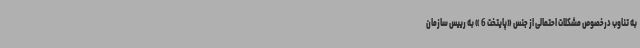
به تناوب درخصوص مشکلات احتمالی از جنس «پایتخت 6 » به رییس سازمان